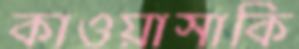
কাওয়াসাকি